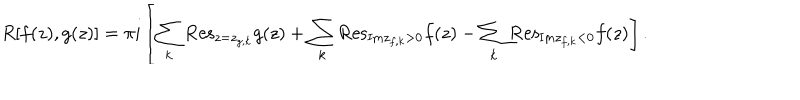
LaTeX: R [ f ( z ) , g ( z ) ] = \pi i \left[ \sum _ { k } { \mathrm { R e s } } _ { z = z _ { g , k } } g ( z ) + \sum _ { k } { \mathrm { R e s } } _ { { \mathrm { I m } } z _ { f , k } > 0 } f ( z ) - \sum _ { k } { \mathrm { R e s } } _ { { \mathrm { I m } } z _ { f , k } < 0 } f ( z ) \right] .